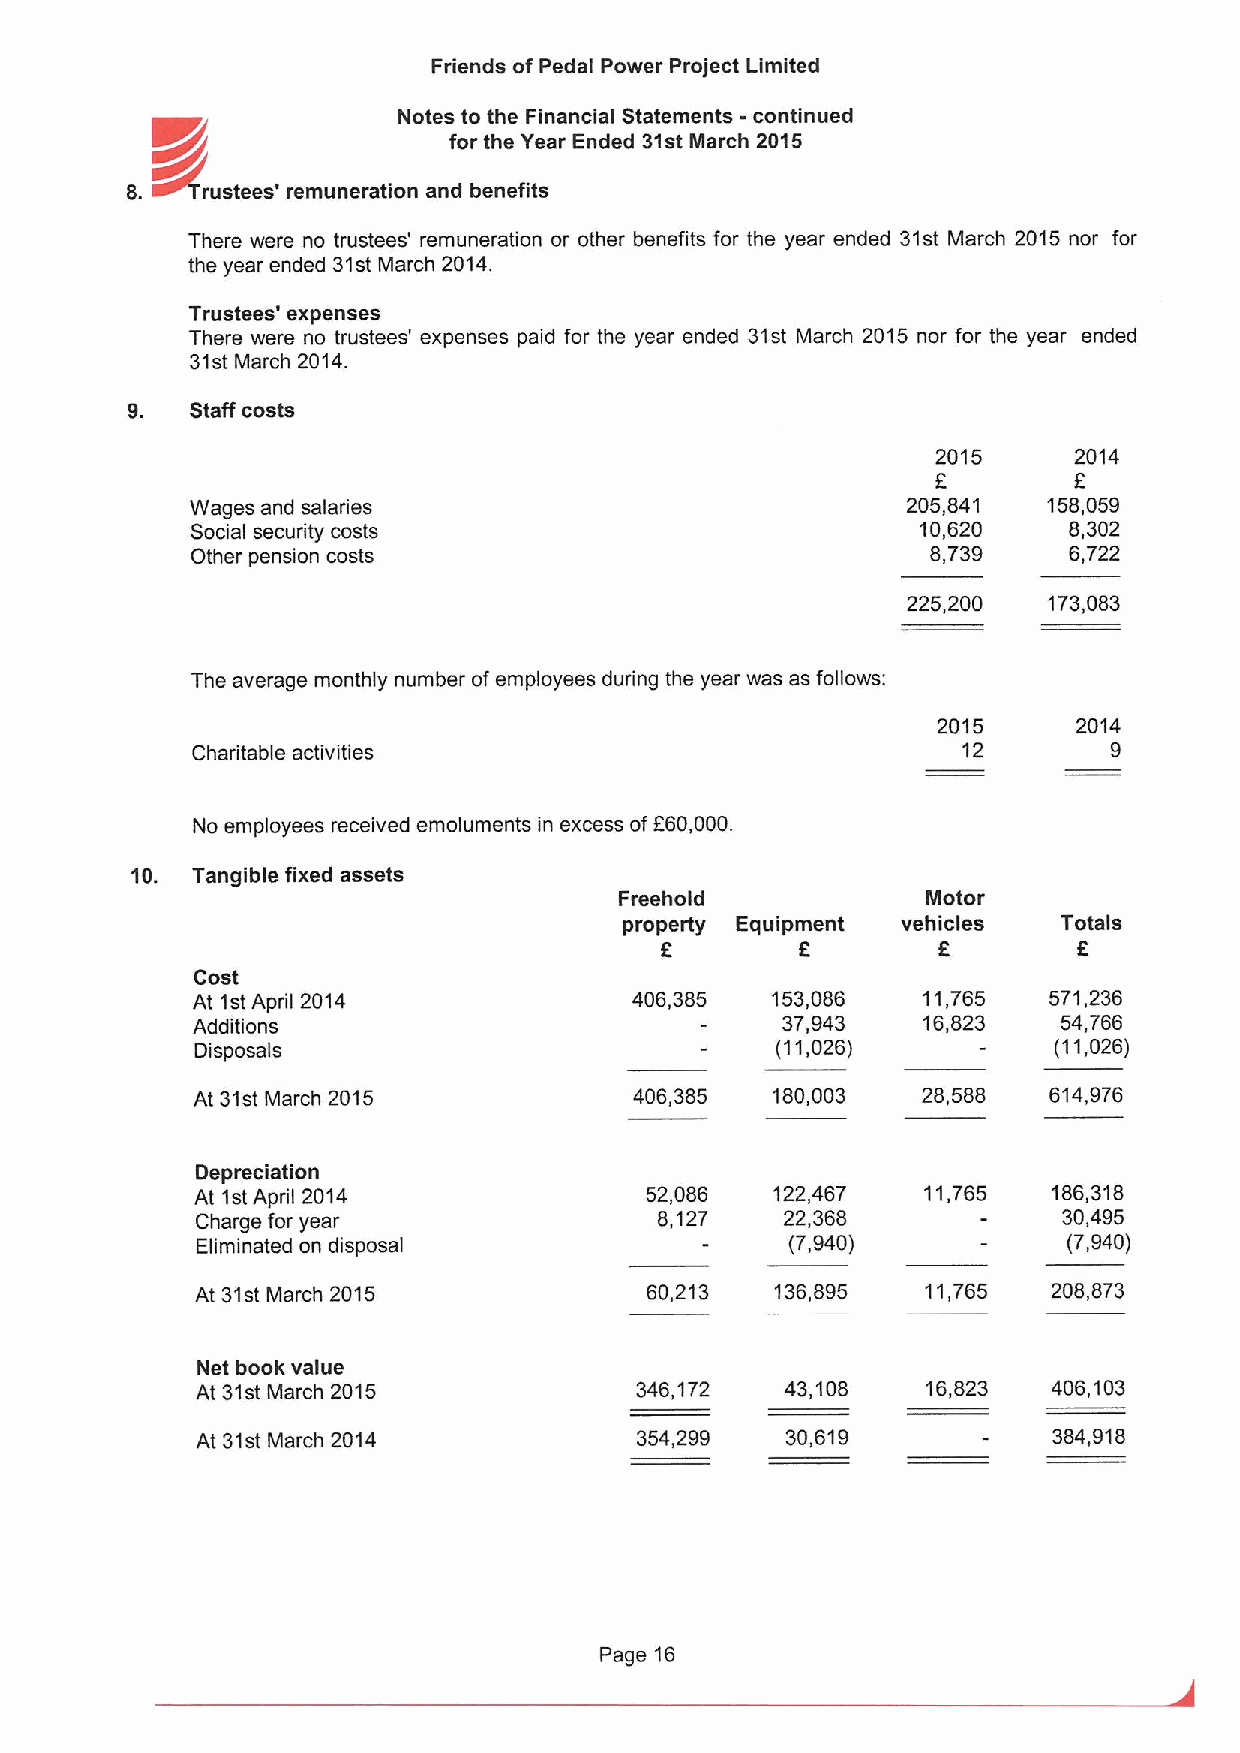
Friends ofPedal Power Project Limited
 Notes to the Financial Statements ~ continued
 for the Year Ended 31stMarch 2015
 8.   rustees' remuneration and benefits
 There were no trustees' remuneration or other benefits for the year ended 31st March 2015 nor for
 the year ended 31stMarch 2014.
 Trustees' expenses
 There were no trustees' expenses paid for the year ended 31st March 2015 nor for the year ended
 31st March 2014.
 Staff costs
 2015     2014
 f
 E
 Wages and salaries                             205,841  158,059
 Social security costs                           10,620    8,302
 Other pension costs                              8,739    6,722
 225,200  173,083
 The average monthly number of employees during the year was as follows:
 2015     2014
 Charitable activities                              12        9
 No employees received emoluments in excess ofF60,000.
 10. Tangible fixed assets
 Freehold            Motor
 property Equipment vehicles  Totals
 K                          R
 Cost
 At 1stApril 2014             406,385  153,086   11,765  571,236
 Additions                              37,943   16,823   54,766
 Disposals                             (11,026)           (11,026)
 At 31st March 2015           406,385  180,003   28,588  614,976
 Depreciation
 At 1stApril 2014              52,086  122,467   11,765   186,318
 Charge for year                8,127   22,368            30,495
 Eliminated on disposal                 (7,940)            (7,940)
 At 31stMarch 2015             60,213  136,895   11,765   208,873
 Net book value
 At 31st March 2015           346,172   43,108   16,823   406,103
 At 31st March 2014           354,299   30,619            384,918
 Page 16